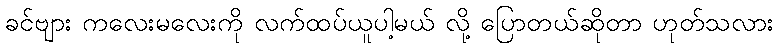
ခင်ဗျား ကလေးမလေးကို လက်ထပ်ယူပါ့မယ် လို့ ပြောတယ်ဆိုတာ ဟုတ်သလား